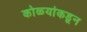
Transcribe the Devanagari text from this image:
कोळ्यांकडून